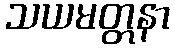
သယမတ္တနာ